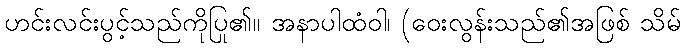
ဟင်းလင်းပွင့်သည်ကိုပြု၏။ အနာပါထံဝါ၊ (ဝေးလွန်းသည်၏အဖြစ် သိမ်